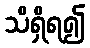
သိရှိရ၍